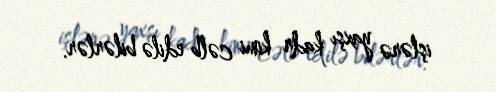
işlərə yaxşı kadr kimi cəlb edilə bilərlər.